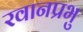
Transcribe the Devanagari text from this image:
रवानप्रभु